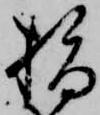
指